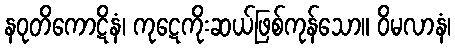
နဝုတိကောဋိနံ၊ ကုဋေကိုးဆယ်ဖြစ်ကုန်သော။ ဝိမလာနံ၊